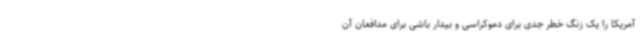
آمریکا را یک زنگ خطر جدی برای دموکراسی و بیدار باشی برای مدافعان آن